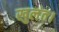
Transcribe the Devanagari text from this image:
खुलंत।